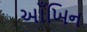
આઁખિન